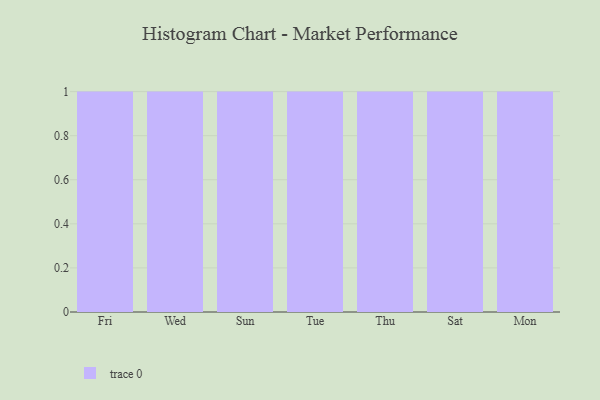
{"axis": {"x": "Day", "y": "Operating Costs (USD K)"}, "legend": [""], "data": [{"x": "Fri", "y": 28, "type": ""}, {"x": "Wed", "y": 87, "type": ""}, {"x": "Sun", "y": 62, "type": ""}, {"x": "Tue", "y": 65, "type": ""}, {"x": "Thu", "y": 34, "type": ""}, {"x": "Sat", "y": 71, "type": ""}, {"x": "Mon", "y": 19, "type": ""}]}